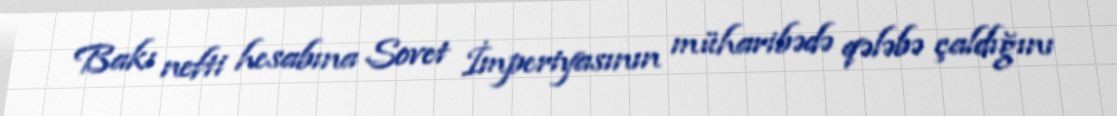
Bakı nefti hesabına Sovet İmperiyasının müharibədə qələbə çaldığını